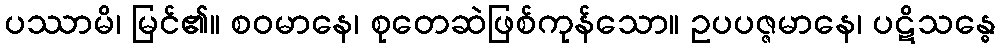
ပဿာမိ၊ မြင်၏။ စဝမာနေ၊ စုတေဆဲဖြစ်ကုန်သော။ ဥပပဇ္ဇမာနေ၊ ပဋိသန္ဓေ